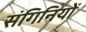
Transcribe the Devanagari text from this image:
संगिनियों